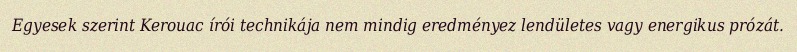
Egyesek szerint Kerouac írói technikája nem mindig eredményez lendületes vagy energikus prózát.